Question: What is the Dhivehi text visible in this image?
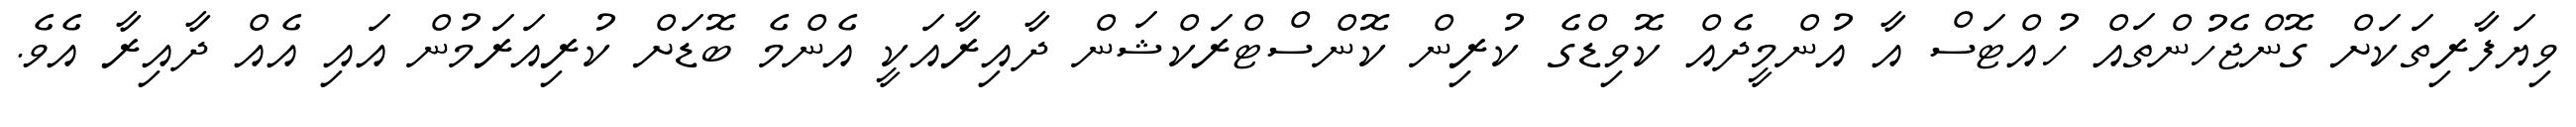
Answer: ވިޔަފާރިތަކަށް ގޮންޖެހުންތައް ހުއްޓަސް އާ އުންމީދެއް ކޮވިޑްގެ ކުރިން ކޮންސްޓްރަކްޝަން ދާއިރާއަކީ އެންމެ ބޮޑަށް ކުރިއަރަމުން އައި އެއް ދާއިރާ އެވެ.